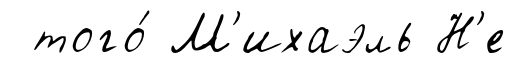
того́ М'ихаэль Н'е